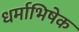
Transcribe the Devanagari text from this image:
धर्माभिषेक